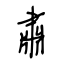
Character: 肅